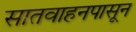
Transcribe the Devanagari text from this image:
सातवाहनपासून